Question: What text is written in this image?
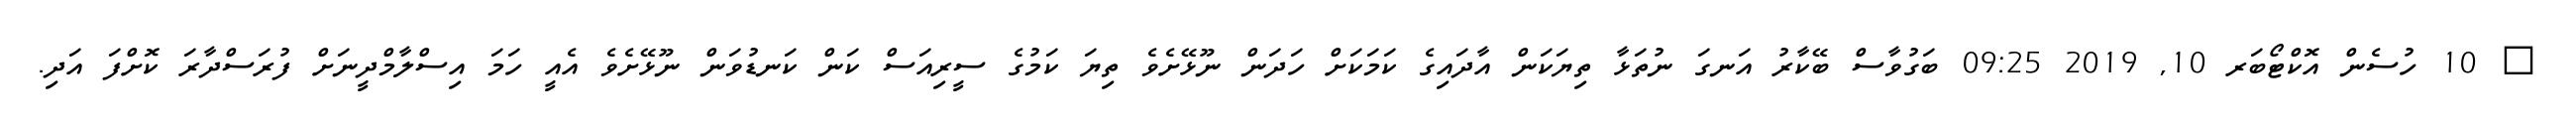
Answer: ? 10 ހުސެން އޮކްޓޯބަރ 10, 2019 09:25 ބަގުވާސް ބޭކާރު އަނގަ ނުތަޅާ ތިޔަކަން އާދައިގެ ކަމަކަށް ހަދަން ނޫޅޭށެވެ ތިޔަ ކަމުގެ ސީރިއަސް ކަން ކަނޑުވަން ނޫޅޭށެވެ އެއީ ހަމަ އިސްލާމްދީނަށް ފުރަސްދާރަ ކޮށްފަ އަދި.